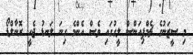
މި ސީޒަނުގެ ޗެމްޕިއަންސް ލީގުގައި ވެސް އެންމެ ގިނަ ލަނޑު ޖެހީ ރޮނާލްޑޯ